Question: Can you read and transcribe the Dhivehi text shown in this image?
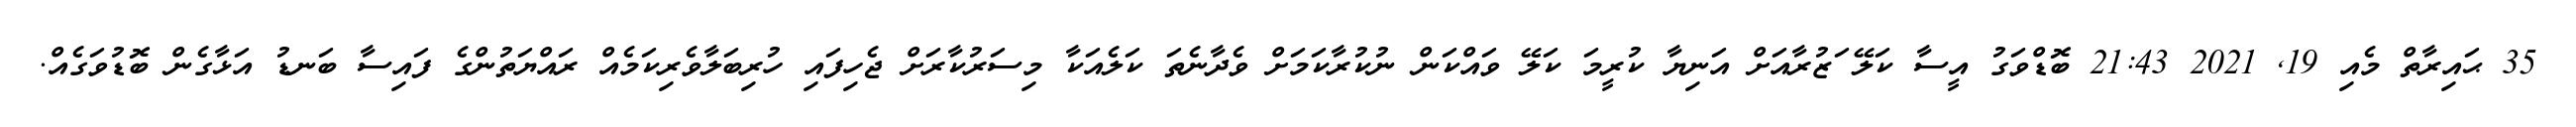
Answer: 35 ޙައިރާތް މެއި 19, 2021 21:43 ބޮޑްވަގު އީސާ ކަލޭ ަޒުރާއަށް އަނިޔާ ކުރީމަ ކަލޭ ވައްކަން ނުކުރާކަމަށް ވެދާނެތަ ކަލެއަކާ މިސަރުކާރަށް ޖެހިފައި ހުރިބަލާވެރިކަމެއް ރައްޔަތުންގެ ފައިސާ ބަނޑު އަޅާގެން ބޮޑުވަގެއް.